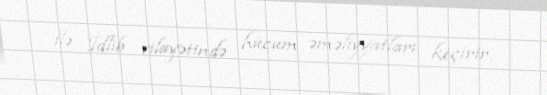
ilə İdlib vilayətində hücum əməliyyatları keçirir.